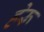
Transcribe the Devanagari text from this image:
हेरू